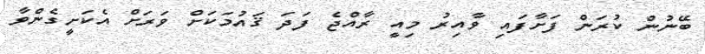
ބޭނުން ކުރަން ފަށާފައި ވާއިރު މިއީ ރާއްޖެ ފަދަ ޤައުމަކަށް ވަރަށް އެކަށީގެންވާ